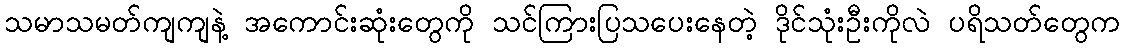
သမာသမတ်ကျကျနဲ့ အကောင်းဆုံးတွေကို သင်ကြားပြသပေးနေတဲ့ ဒိုင်သုံးဦးကိုလဲ ပရိသတ်တွေက